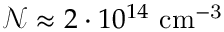
\mathcal { N } \approx 2 \cdot 1 0 ^ { 1 4 } \mathrm { ~ c m ^ { - 3 } }